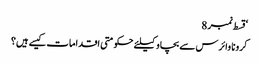
‘قسط نمبر 8
کرونا وائرس سے بچاو کیلئے حکومتی اقدامات کیسے ہیں؟